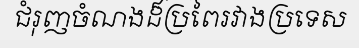
ជំរុញចំណងដ៏ប្រពៃរវាងប្រទេស